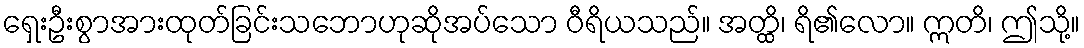
ရှေးဦးစွာအားထုတ်ခြင်းသဘောဟုဆိုအပ်သော ဝီရိယသည်။ အတ္ထိ၊ ရိ၏လော။ ဣတိ၊ ဤသို့။